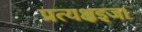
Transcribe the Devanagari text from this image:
प्रत्यक्षइजा